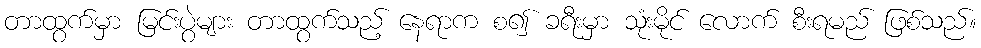
တာထွက်မှာ မြင်းပွဲများ တာထွက်သည့် နေရာက စ၍ ခရီးမှာ သုံးမိုင် လောက် စီးရမည် ဖြစ်သည်။